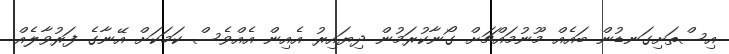
އިސްތަށިގަނޑުން ބައެއް މޫނުމައްޗަށް ގޯނާކުރަމުން ދިޔައިރު އެއިން އެއްވެސް ކަމަކަށް އޭނާގެ ފަރުވާލެއް